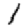
Digit: 1